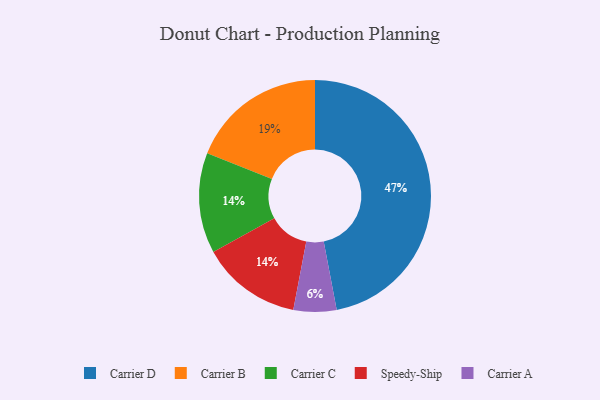
{"axis": {"x": "Category", "y": "Percentage"}, "legend": ["Carrier A", "Carrier B", "Carrier C", "Carrier D", "Speedy-Ship"], "data": [{"x": "Carrier C", "y": 14, "type": "Carrier C"}, {"x": "Speedy-Ship", "y": 14, "type": "Speedy-Ship"}, {"x": "Carrier B", "y": 19, "type": "Carrier B"}, {"x": "Carrier D", "y": 47, "type": "Carrier D"}, {"x": "Carrier A", "y": 6, "type": "Carrier A"}]}